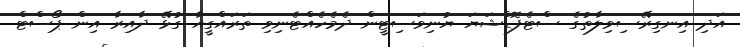
އަދި އިނގިރޭސިވިލާތުގެ ސްޓެފޮޑްޝަޔަ ޔުނިވަސިޓީން ދެމެހެއްޓެނިވި ތަރައްގީއާ ގުޅޭ ދާއިރާ އިން ޕޯސްޓް